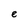
Character: e